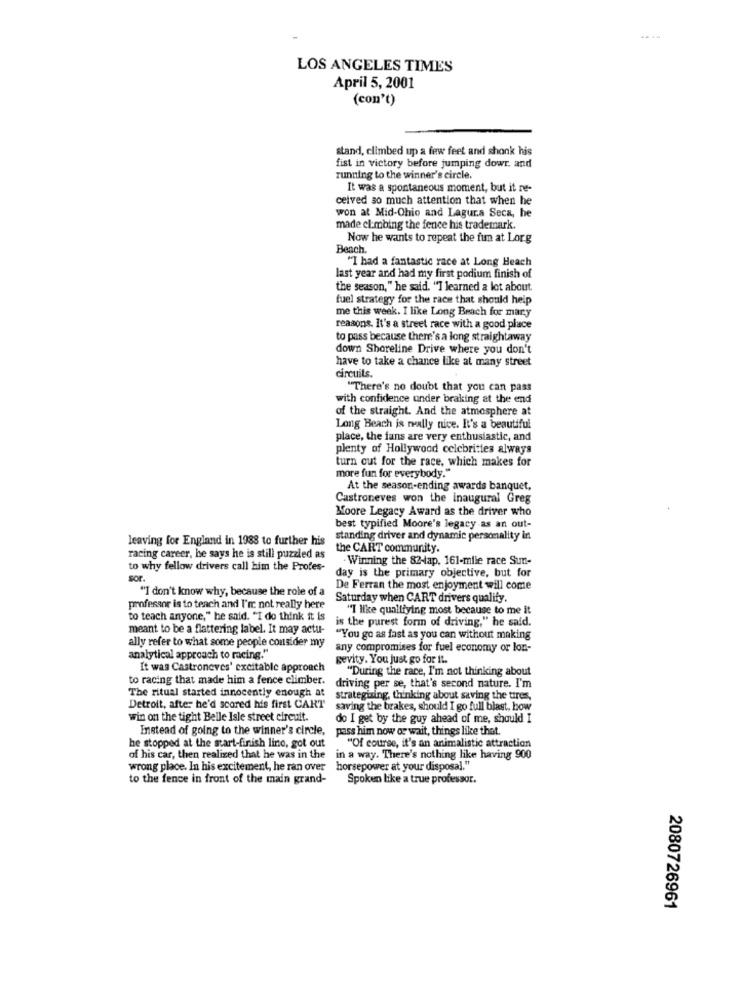
LOS ANGELES TIMES
April 5, 2001
(con't)
stand, climbed up a few feet and shonk his
fist in victory before jumping dowr. and
running to the winner's circle.
It was a spontaneous moment, but it re-
ceived so much attention that when he
won at Mid-Ohio and Lagura Seca, he
made climbing the fence his trademark.
Now he wants to repeat the fun at Lorg
Beach.
"I had a fantastic race at Long Heach
last year and had my first podium finish of
the season," he said. "I learned a lot about.
fuel strategy for the race that should help
me this week. I like Long Beach for mary
reasons. It's a street race with a good place
to pass because there's a long straightaway
down Shoreline Drive where you don't
have to take a chance like at many street
circuits.
"There's no doubt that you can pass
with confidence under braking at the end
of the straight. And the atmosphere at
Long Beach is really nice. It's a beautiful
place, the fans are very enthusiastic, and
plenty of Hollywood celebrities always
turn out for the race, which makes for
more fun for everybody."
At the season-ending awards banquet,
Castroneves won the inaugural Greg
Moore Legacy Award as the driver who
best typified Moore's legacy as an out-
leaving for England in 1988 to further his
standing driver and dynamic personality in
the CART community.
racing career, he says he is still puzzled as
.Winning the 82-tap. 161-mile race Sun-
to why fellow drivers call him the Profes-
day is the primary objective, but for
sor.
"I don't know why, because the role of a
De Ferran the most enjoyment will come
Saturday when CART drivers qualify.
professor is to teach and I'm not really here
"I like qualifying most because to me it
to teach anyone," he said. "I do think it is
is the purest form of driving," he said.
meant to be a flattering label. It may actu-
ally refer to what some people consider my
"You go as fast as you can without making
any compromises for fuel economy or lon-
analytical approach to racing."
gevity. You just go for It.
It was Castroneves' excitable approach
"During the race, I'm not thinking about
to racing that made him a fence climber.
The ritual started innocently enough at
driving per se, that's second nature. I'm
strategizing, thinking about saving the tires,
Detroit, after he'd scored his first CART
saving the brakes, should I go full blast, how
win on the tight Belle Isle street circuit.
do I get by the guy ahead of me, should I
Instead of going to the winner's circle, pass him now or wait, things like that
he stopped at the start-finish line, got out
"Of course, it's an animalistic attraction
of his car, then realized that he was in the
in a way. There's nothing like having 900
wrong place. In his excitement, he ran over horsepower at your disposal."
to the fence in front of the main grand-
Spoken like a true professor.
2080726961